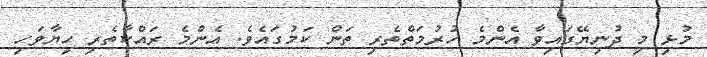
މުޅި މި ދުނިޔޭގައިވާ އެންމެ ހުރުމަތްތެރި ތަން ކަމުގައެވެ. އެންމެ ރައްކާތެރި ހިޔާވަހި